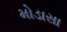
મોડાસા